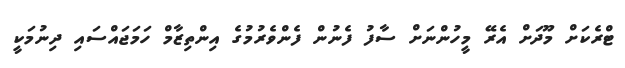
ޓްރެކަށް މޫދަށް އެރޭ މީހުންނަށް ސާފު ފެނުން ފެންވެރުމުގެ އިންތިޒާމް ހަމަޖައްސައި ދިނުމަކީ